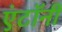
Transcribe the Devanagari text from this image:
एंटॉनी